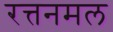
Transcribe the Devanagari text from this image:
रत्तनमल